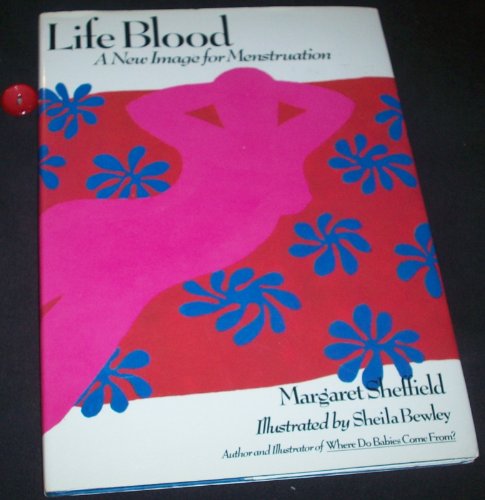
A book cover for Life Blood: A New Image for Menstruation; Sheila Bewley; Health, Fitness & Dieting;